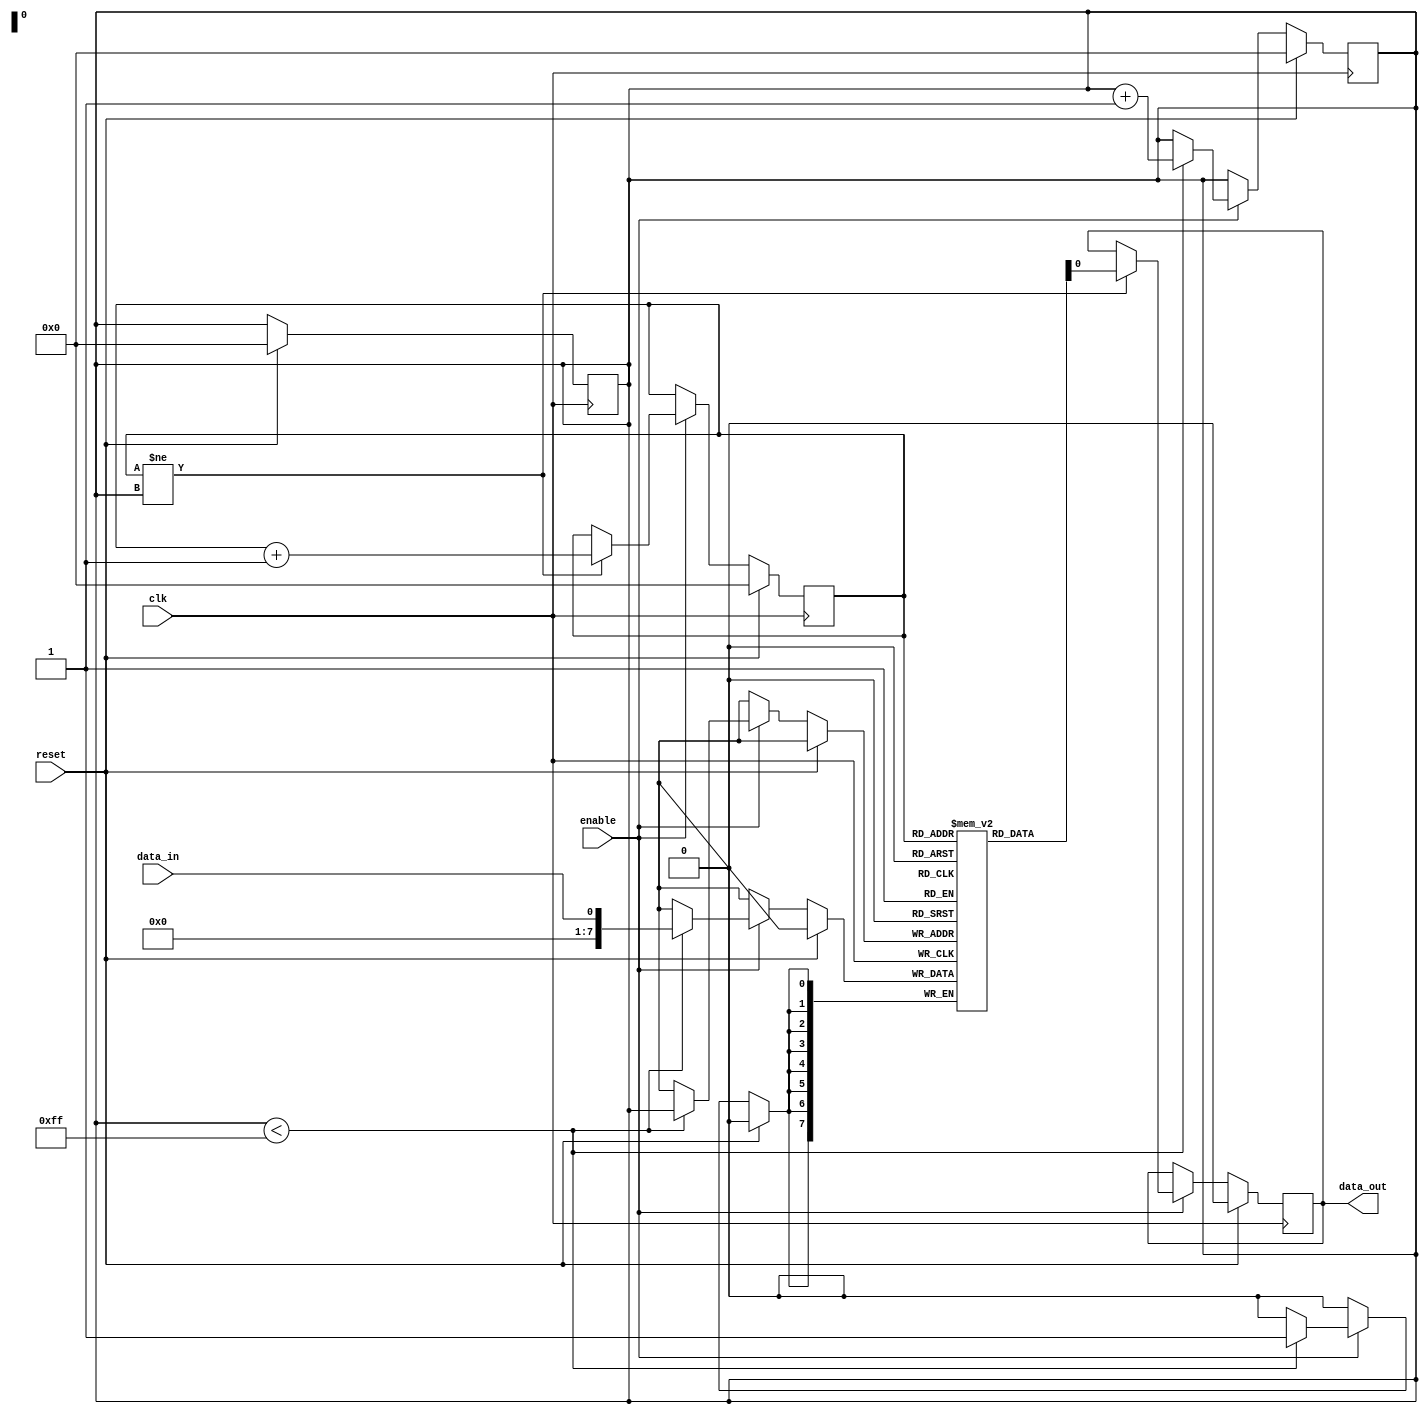
module fifo (
  input wire clk,
  input wire reset,
  input wire enable,
  input wire data_in,
  output reg data_out
);

reg [7:0] memory [0:255];
reg [7:0] read_ptr, write_ptr;

always @(posedge clk) begin
  if (reset) begin
    read_ptr <= 0;
    write_ptr <= 0;
    data_out <= 0;
  end else if (enable) begin
    if (read_ptr != write_ptr) begin
      data_out <= memory[read_ptr];
      read_ptr <= read_ptr + 1;
    end
  end
end

always @(posedge clk) begin
  if (reset) begin
    write_ptr <= 0;
  end else if (enable) begin
    if (write_ptr < 255) begin
      memory[write_ptr] <= data_in;
      write_ptr <= write_ptr + 1;
    end
  end
end

endmodule